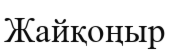
Жайқоңыр